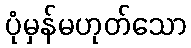
ပုံမှန်မဟုတ်သော